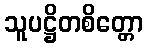
သူပဋ္ဌိတစိတ္တော